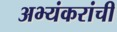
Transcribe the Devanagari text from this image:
अभ्यंकरांची